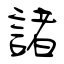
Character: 諸